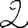
Digit: 2